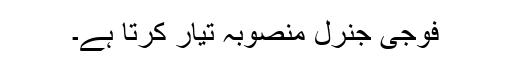
فوجی جنرل منصوبہ تیار کرتا ہے۔